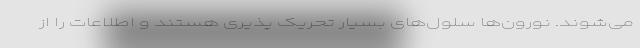
می‌شوند. نورون‌ها سلول‌های بسیار تحریک پذیری هستند و اطلاعات را از